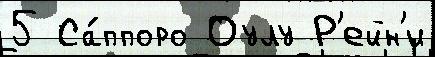
5 Са́ппоро Оулу Р'ейн'и